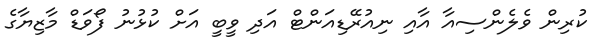
ކުރިން ވެލެންސިއާ އާއި ނިއުރޭޑިއަންޓް އަދި ވީބީ އަށް ކުޅުނު ފޯވަޑް މާޒިޔާގެ